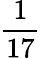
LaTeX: \frac{1}{17}